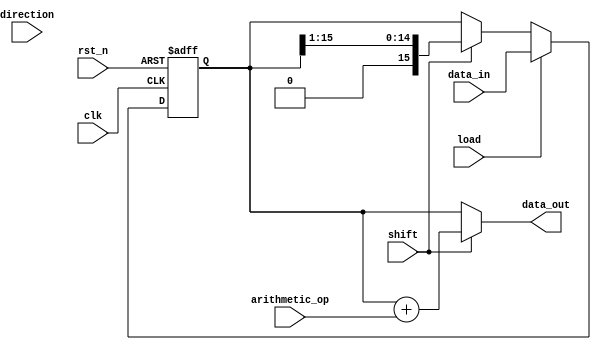
module LogarithmicShiftRegister #(
    parameter WIDTH = 16  // Configurable width of the register
)(
    input wire clk,                 // Clock signal
    input wire rst_n,               // Active low reset signal
    input wire load,                // Load control signal
    input wire shift,               // Shift control signal
    input wire direction,           // Shift direction: 0 for left, 1 for right
    input wire [WIDTH-1:0] data_in, // Data input for loading
    input wire [WIDTH-1:0] arithmetic_op, // Input for arithmetic operations
    output reg [WIDTH-1:0] data_out // Output data
);

    reg [WIDTH-1:0] register; // Internal register storage

    // Logarithmic shift function
    function [WIDTH-1:0] log_shift;
        input [WIDTH-1:0] data;
        input [3:0] shift_amount; // Assuming shift_amount <= WIDTH
        begin
            // Perform logarithmic shifting (example: simple right shift for demo)
            log_shift = (shift_amount == 0) ? data : (data >> shift_amount);
        end
    endfunction

    always @(posedge clk or negedge rst_n) begin
        if (!rst_n) begin
            register <= 0; // Reset the register to 0
        end else begin
            if (load) begin
                register <= data_in; // Load new data into the register
            end else if (shift) begin
                if (direction == 0) begin
                    // Left shift with logarithmic effect
                    register <= log_shift(register, 1); // Example: shift left by 1 (you can modify the amount)
                end else begin
                    // Right shift with logarithmic effect
                    register <= log_shift(register, 1); // Example: shift right by 1 (you can modify the amount)
                end
            end
        end
    end

    // Arithmetic operations
    always @(*) begin
        // Example of addition or subtraction
        // Modify as needed for your specific arithmetic requirements
        if (shift) begin
            data_out = register + arithmetic_op; // Example: addition operation
        end else begin
            data_out = register; // Just output the current register value
        end
    end

endmodule